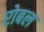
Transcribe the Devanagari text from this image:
रोबल